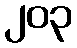
၂၀၃